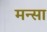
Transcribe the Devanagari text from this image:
मन्सा